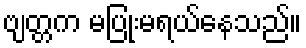
ဗျတ္တက မပြုံးမရယ်နေသည်။